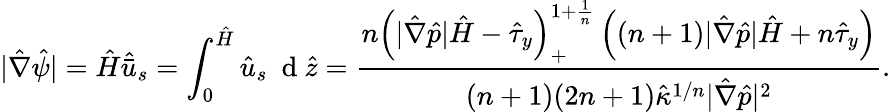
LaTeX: |\hat{\nabla}\hat{\psi}|=\hat{H}\hat{\bar{u}}_{s}=\int_{0}^{\hat{H}}\hat{u}_{s}~\mathrm{~d~}\hat{z}=\frac{\displaystyle{n\left(|\hat{\nabla}\hat{p}|\hat{H}-\hat{\tau}_{y}\right)_{+}^{1+\frac{1}{n}}\left((n+1)|\hat{\nabla}\hat{p}|\hat{H}+n\hat{\tau}_{y}\right)}}{(n+1)(2n+1)\hat{\kappa}^{1/n}|\hat{\nabla}\hat{p}|^{2}}.